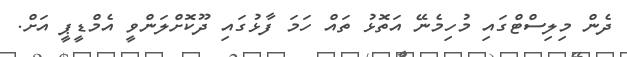
ދެން މިލިސްޓްގައި މުހިމެނޭ އަތޮޅު ތައް ހަމަ ފާޅުގައި ދޫކޮށްލަންވީ އެމްޑީޕީ އަށް.